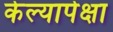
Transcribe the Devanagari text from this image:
केल्यापेक्षा